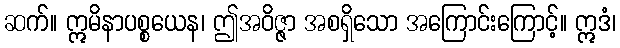
ဆက်။ ဣမိနာပစ္စယေန၊ ဤအဝိဇ္ဇာ အစရှိသော အကြောင်းကြောင့်။ ဣဒံ၊